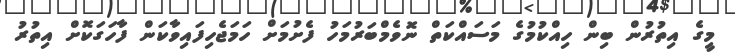
މީގެ އިތުރުން ބިން ހިއްކުމުގެ މަސައްކަތް ނޮވެމްބަރުމަހު ފެށުމަށް ހަމަޖެހިފައިވާކަން ފާހަގަކޮށް އިތުރު